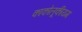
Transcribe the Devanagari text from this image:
काकोलूकीयम